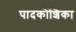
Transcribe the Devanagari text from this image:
पादकोशिका